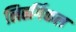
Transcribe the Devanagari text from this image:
लितर्गिकल